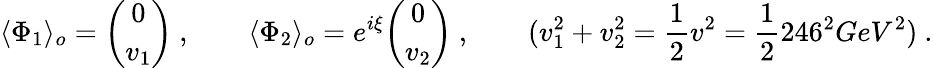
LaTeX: \langle\Phi_{1}\rangle_{o}={\binom{0}{v_{1}}}\ ,\qquad\langle\Phi_{2}\rangle_{o}=e^{i\xi}{\binom{0}{v_{2}}}\ ,\qquad(v_{1}^{2}+v_{2}^{2}=\frac{1}{2}v^{2}=\frac{1}{2}246^{2}GeV^{2})\ .